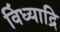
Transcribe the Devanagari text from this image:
विंध्याद्रि